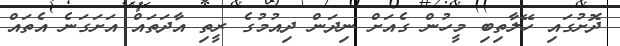
ދޮށުގައި ހޭލާތިބި މީހުން ގެއަށް ނިދަން ދިއުމުގެ ރީތި އާދަތައް އަށަގަނެ އެތައް